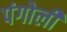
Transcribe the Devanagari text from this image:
पंगोली